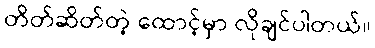
တိတ်ဆိတ်တဲ့ ထောင့်မှာ လိုချင်ပါတယ်။